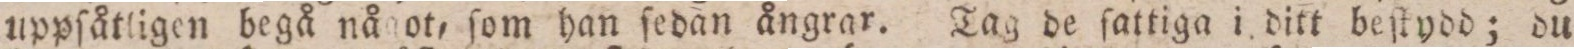
uppſåtligen begå något, ſom han ſedan ångrar. Tag de ſattiga i ditt beſtydd; du